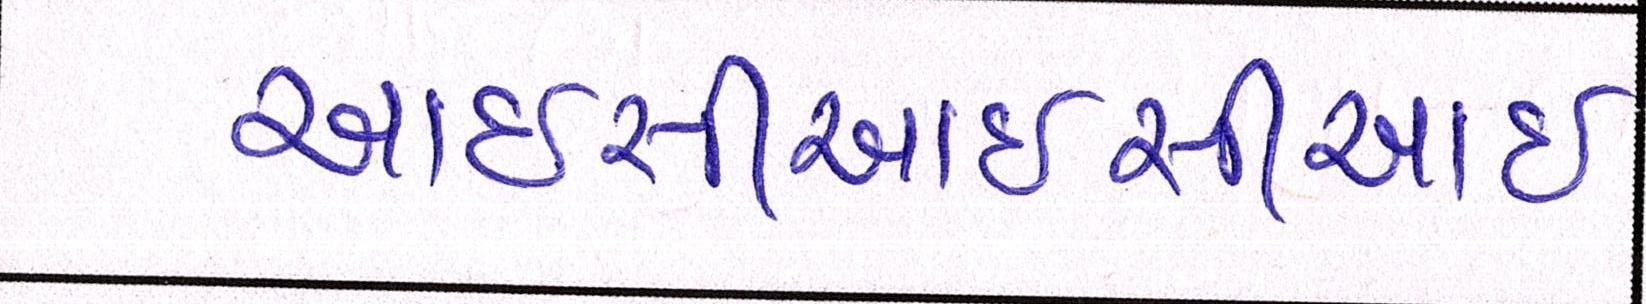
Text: આઈસીઆઈસીઆઈ